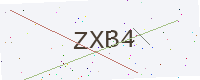
Text: ZXB4